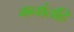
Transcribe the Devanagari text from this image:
मनांतहि